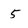
Character: 5